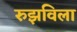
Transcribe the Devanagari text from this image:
रुझविला